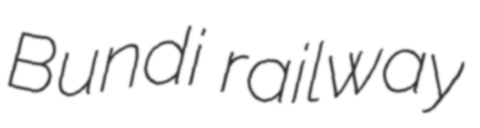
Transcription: Bundi railway